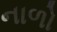
નાળો